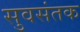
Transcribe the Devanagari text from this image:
सुवसंतक